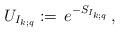
LaTeX: \begin{align*}U_{I_{k;q}}:=\,e^{-S_{I_{k;q}}}\,,\end{align*}